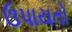
ઉપાયતો